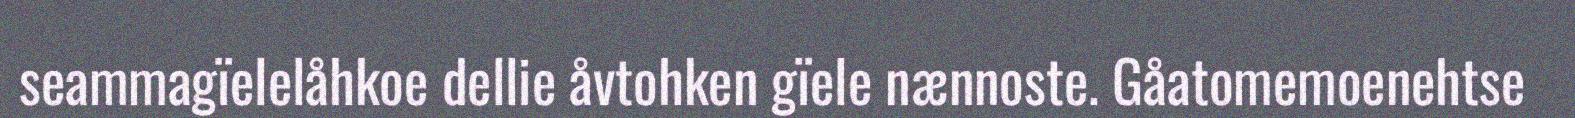
seammagïelelåhkoe dellie åvtohken gïele nænnoste. Gåatomemoenehtse